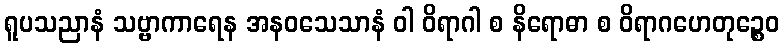
ရူပသညာနံ သဗ္ဗာကာရေန အနဝသေသာနံ ဝါ ဝိရာဂါ စ နိရောဓာ စ ဝိရာဂဟေတုဉ္စေဝ